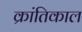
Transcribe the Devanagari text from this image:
क्रांतिकाल